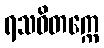
ရသဝိတက္ကေ